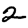
Digit: 2